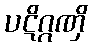
ပဋိဂ္ဂဏှိ